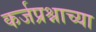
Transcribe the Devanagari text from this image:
कर्जप्रश्नाच्या